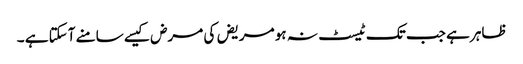
ظاہر ہے جب تک ٹیسٹ نہ ہو مریض کی مرض کیسے سامنے آسکتا ہے ۔